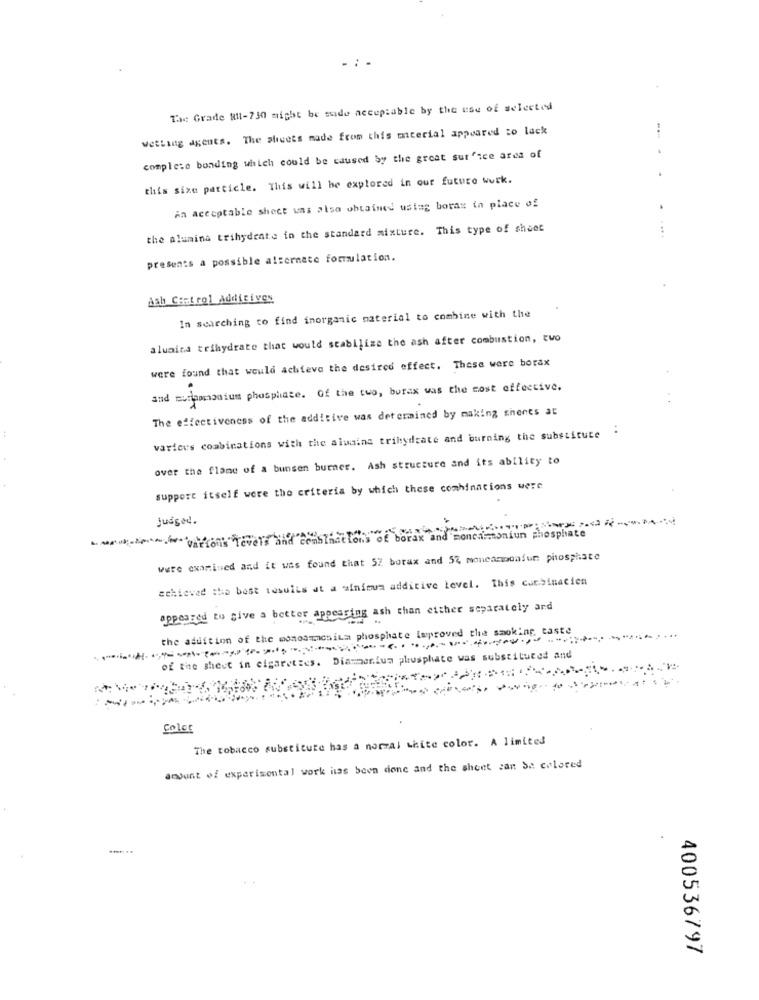
The Grade Ril-730 might be mude acceptable by the use of selected
Wetling agents. The sheets made from this material appeared to lack
complete bonding which could be caused by the great surface area of
this sixe particle. This will be explored in our future work.
An acceptable shece was also obtained ustag boras in place of
.
the alumina trihydrate in the standard mixture. This type of sheet
presents a possible alternate formulation.
Aab Control Additives
In searching to find inorganic material to combine with the
alucina trihydrate that would stabilize the ash after combustion, two
were found that would achieve the desired effect. These were borax
and mutammonium phosphate. Of the two, burak was the cost effective.
The effectiveness of the additive was determined by making shents at
..
various combinations with the aluaina trihydrate and burning the substitute
over the flame of a bunsen burner. Ash structure and its ability to
support itself were the criteria by which these comhinations were
judged.
. Augustvarious levels and combinations of borax and moncaimonium phosphate
were examined and it was found that 57 borax and 57 moneannoafun phosphate
achieved the best tosuiis at a minimum additive level. This canbinacien
appeared to give a better appearing ash chan either separately and
the addition of the monoammonium phosphate improved the smoking, taste
of the shest in cigarettes. Diammonium phosphate was substituted and
Color
The tobacco substitute has a norral white color. A limited
amount of experimental work has been done and the sheet zan Se colored
400536797